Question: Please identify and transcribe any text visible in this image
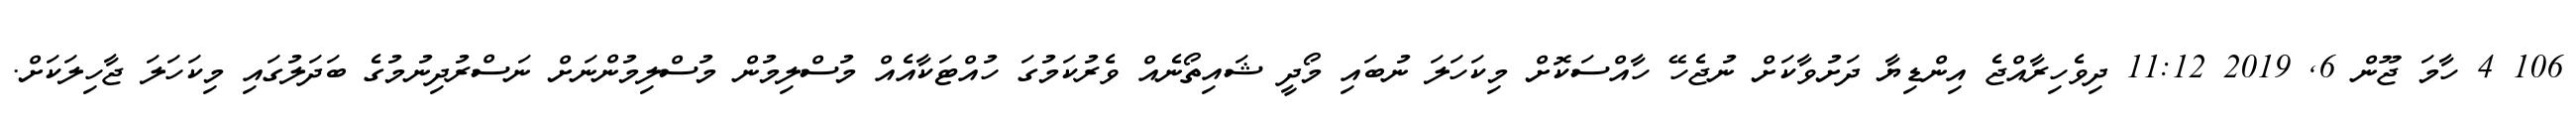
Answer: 106 4 ހާމަ ޖޫން 6, 2019 11:12 ދިވެހިރާއްޖެ އިންޑިޔާ ދަށުވާކަށް ނުޖެހޭ ހާއްސަކޮށް މިކަހަލަ ނުބައި މޯދީ ޝައިތޯނެއް ވެރުކަމުގަ ހުއްޓަކާއެއް މުސްލިމުން މުސްލިމުންނަށް ނަސްރުދިނުމުގެ ބަދަލުގައި މިކަހަލަ ޖާހިލަކަށް.